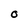
Character: O